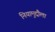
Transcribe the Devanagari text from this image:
नियामुद्दौला